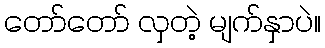
တော်တော် လှတဲ့ မျက်နှာပဲ။